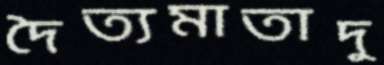
দৈত্যমাতাদু